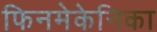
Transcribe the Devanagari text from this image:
फिनमेकेनिका